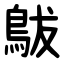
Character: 䳁